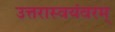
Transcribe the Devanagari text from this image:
उत्तरास्वयंवरम्